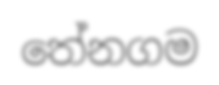
තේනගම